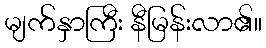
မျက်နှာကြီး နီမြန်းလာ၏။